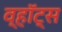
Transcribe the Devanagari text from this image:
व्हॉट्स